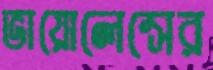
ভায়োলেন্সের